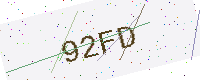
Text: 92FD